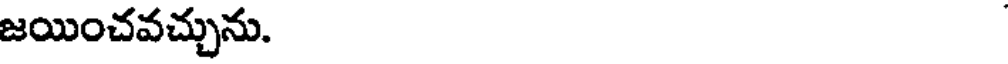
జయించవచ్చును.